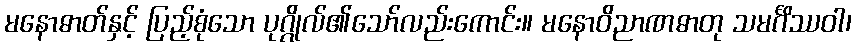
မနောဓာတ်နှင့် ပြည့်စုံသော ပုဂ္ဂိုလ်၏သော်လည်းကောင်း။ မနောဝိညာဏဓာတု သမင်္ဂိဿဝါ၊